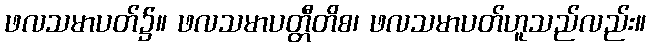
ဖလသမာပတ်၌။ ဖလသမာပတ္တီတိစ၊ ဖလသမာပတ်ဟူသည်လည်း။